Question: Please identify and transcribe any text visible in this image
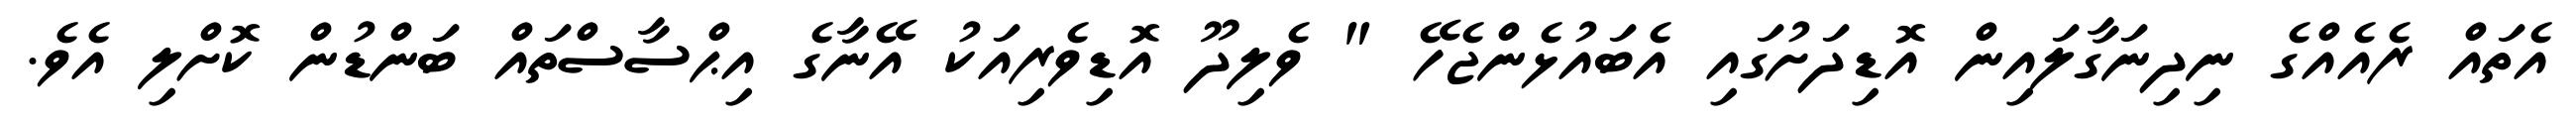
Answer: އެތައް ރެއެއްގެ ނިދިނަގާލައިން އޮޑިދަށުގައި އެބައުޅެންޖެހޭ " ވެލިދޫ އޮޑިވެރިއަކު އޭނާގެ އިޙްސާސްތައް ބަންޑުން ކޮށްލި އެވެ.